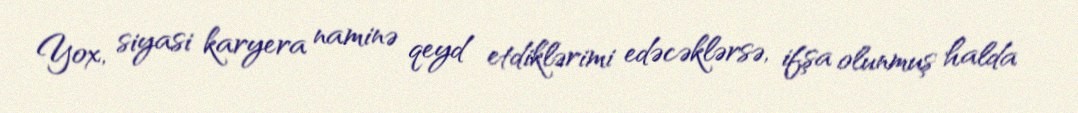
Yox, siyasi karyera naminə qeyd etdiklərimi edəcəklərsə, ifşa olunmuş halda